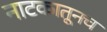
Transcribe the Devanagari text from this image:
नाटकातूनच